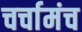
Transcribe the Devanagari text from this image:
चर्चामंच